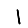
Digit: 1